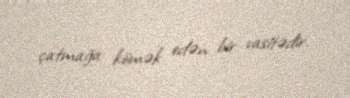
çatmağa kömək edən bir vasitədir.